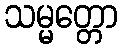
သမ္မတ္တော